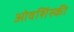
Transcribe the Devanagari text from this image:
ओवशिंस्की